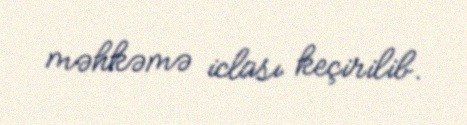
məhkəmə iclası keçirilib.